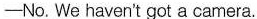
——No. We haven't got a camera.